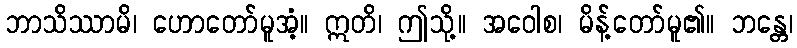
ဘာသိဿာမိ၊ ဟောတော်မူအံ့။ ဣတိ၊ ဤသို့။ အဝေါစ၊ မိန့်တော်မူ၏။ ဘန္တေ၊